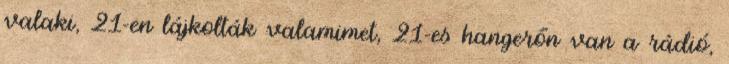
valaki, 21-en lájkolták valamimet, 21-es hangerőn van a rádió,